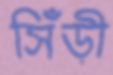
সিঁড়ী